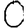
Digit: 0